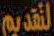
التقديم